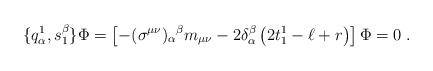
LaTeX: \begin{align*} \{q^1_\alpha, s^\beta_1\}\Phi = \left[-(\sigma^{\mu\nu})_\alpha{}^\beta m_{\mu\nu} - 2\delta^\beta_\alpha\left(2t^1_1 -\ell +r \right)\right]\Phi = 0\;.\end{align*}